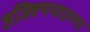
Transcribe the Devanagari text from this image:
अजिंक्यपदाच्या